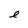
Character: e